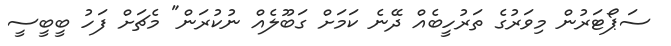
ސަޕޯޓަރުން މިވަރުގެ ތަރުހީބެއް ދޭނެ ކަމަށް ގަބޫލެއް ނުކުރަން" މެޗަށް ފަހު ބީބީސީ